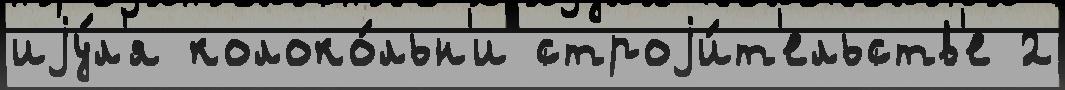
иjу́л'я колоко́льн'и строjи́т'ельств'е 2